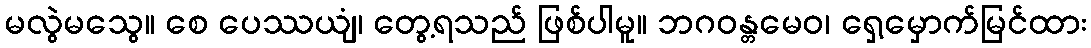
မလွဲမသွေ။ စေ ပေဿယျံ၊ တွေ့ရသည် ဖြစ်ပါမူ။ ဘဂဝန္တမေဝ၊ ရှေ့မှောက်မြင်ထား